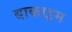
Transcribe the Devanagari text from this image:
बाकाइम